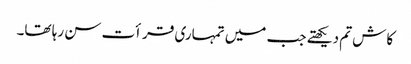
کاش تم دیکھتے جب میں تمہاری قرأت سن رہا تھا۔